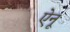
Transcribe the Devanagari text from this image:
ऐनू